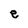
Character: e